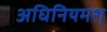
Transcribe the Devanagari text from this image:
अधिनियमश्